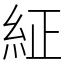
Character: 䋊